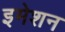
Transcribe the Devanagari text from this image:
इमेशन